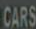
CARS